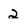
Character: 2